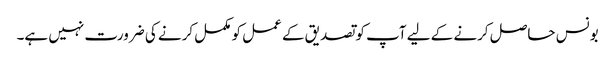
بونس حاصل کرنے کے لیے آپ کو تصدیق کے عمل کو مکمل کرنے کی ضرورت نہیں ہے۔